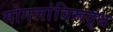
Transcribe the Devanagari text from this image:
मोगलांविरूद्ध